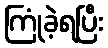
ကြုံခဲ့ရပြီး